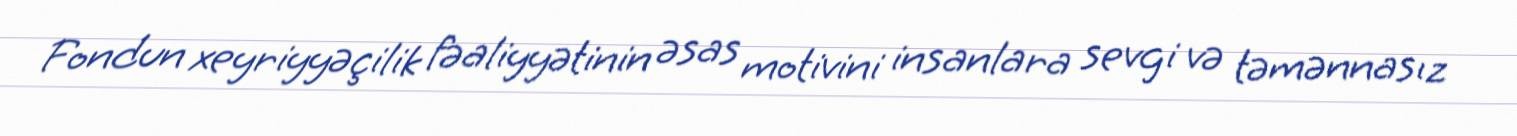
Fondun xeyriyyəçilik fəaliyyətinin əsas motivini insanlara sevgi və təmənnasız